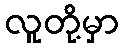
လူတို့မှာ